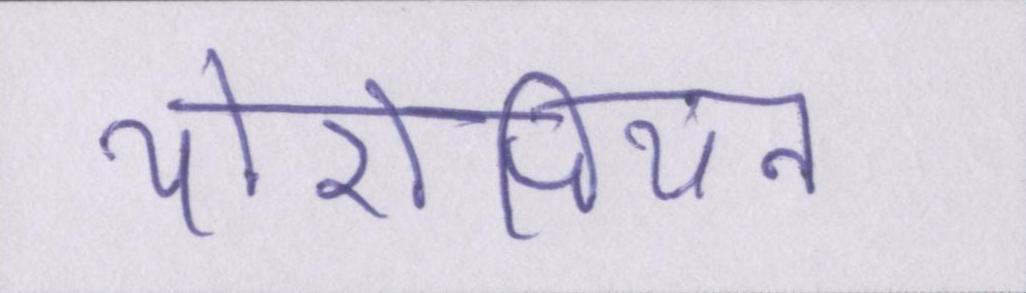
योरोपियन